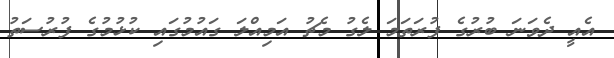
އެއީ ދެވަނަ ބުރުގެ ފުރަތަމަ ލެގު މެޗު އަމިއްލަ ގައުމުގައި ކުޅުމުގެ ފުރުސަތު